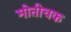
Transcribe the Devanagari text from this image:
मोतीचक